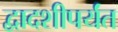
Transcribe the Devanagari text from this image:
द्वादशीपर्यंत